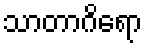
သာတာဂိရော